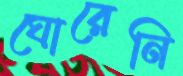
ঘোরেনি